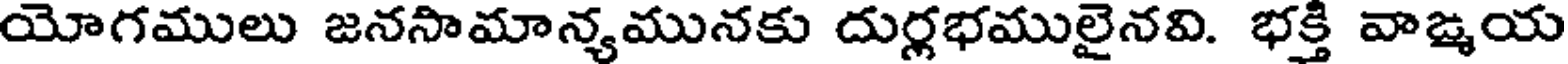
యోగములు జనసామాన్యమునకు దుర్లభములైనవి. భక్తి వాఙ్మయ